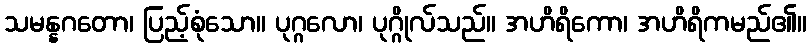
သမန္နဂတော၊ ပြည့်စုံသော။ ပုဂ္ဂလော၊ ပုဂ္ဂိုလ်သည်။ အဟိရိကော၊ အဟိရိကမည်၏။